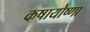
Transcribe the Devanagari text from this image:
कषायोष्णा